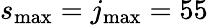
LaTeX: s_{\mathrm{max}}=j_{\mathrm{max}}=55